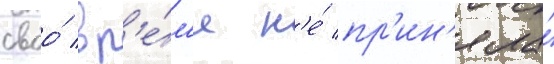
своо́ вр'е́м'я н'е́ пр'ин'яла́